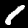
Digit: 1